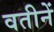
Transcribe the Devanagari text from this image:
वतीनें